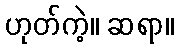
ဟုတ်ကဲ့။ ဆရာ။